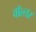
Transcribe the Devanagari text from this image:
वॉल्तर